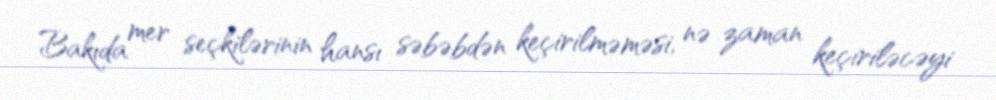
Bakıda mer seçkilərinin hansı səbəbdən keçirilməməsi, nə zaman keçiriləcəyi